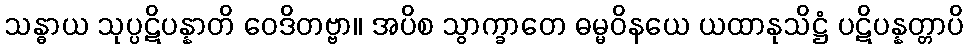
သန္ဓာယ သုပ္ပဋိပန္နာတိ ဝေဒိတဗ္ဗာ။ အပိစ သွာက္ခာတေ ဓမ္မဝိနယေ ယထာနုသိဋ္ဌံ ပဋိပန္နတ္တာပိ